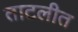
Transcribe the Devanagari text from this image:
ताटलीत